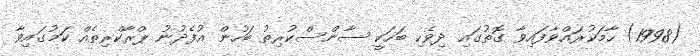
(1998) ހާމަކުރައްވާފައިވާ ގޮތުގައި ދިވެހި ބަހަކީ ސާންސްކުރިތު ބަހުން އުފެދުނު ޕްރާކްރިތެއް ކަމުގައިވާ